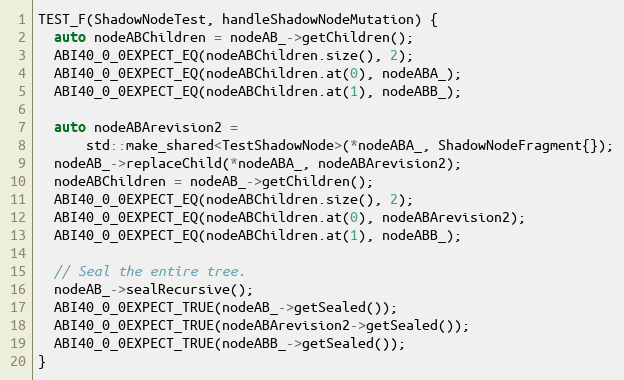
Language: C++
TEST_F(ShadowNodeTest, handleShadowNodeMutation) {
  auto nodeABChildren = nodeAB_->getChildren();
  ABI40_0_0EXPECT_EQ(nodeABChildren.size(), 2);
  ABI40_0_0EXPECT_EQ(nodeABChildren.at(0), nodeABA_);
  ABI40_0_0EXPECT_EQ(nodeABChildren.at(1), nodeABB_);

  auto nodeABArevision2 =
      std::make_shared<TestShadowNode>(*nodeABA_, ShadowNodeFragment{});
  nodeAB_->replaceChild(*nodeABA_, nodeABArevision2);
  nodeABChildren = nodeAB_->getChildren();
  ABI40_0_0EXPECT_EQ(nodeABChildren.size(), 2);
  ABI40_0_0EXPECT_EQ(nodeABChildren.at(0), nodeABArevision2);
  ABI40_0_0EXPECT_EQ(nodeABChildren.at(1), nodeABB_);

  // Seal the entire tree.
  nodeAB_->sealRecursive();
  ABI40_0_0EXPECT_TRUE(nodeAB_->getSealed());
  ABI40_0_0EXPECT_TRUE(nodeABArevision2->getSealed());
  ABI40_0_0EXPECT_TRUE(nodeABB_->getSealed());
}